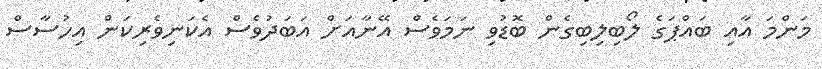
މަންމަ އާއި ބައްޕަގެ ލޯބިލިބިގެން ބޮޑުވި ނަމަވެސް އޭނާއަށް އަބަދުވެސް އެކަނިވެރިކަން އިހުސާސް